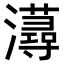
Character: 𤃂